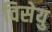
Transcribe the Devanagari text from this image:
विसेयु